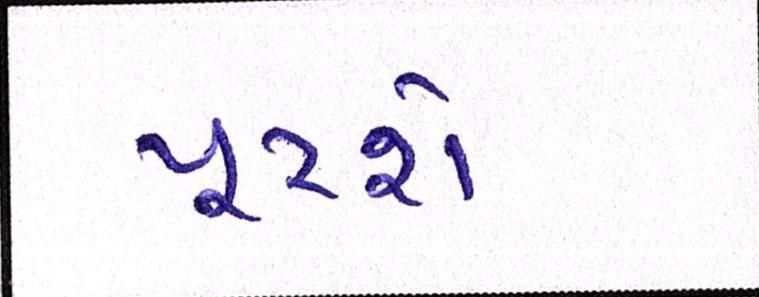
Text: પૂરશે